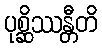
ပုစ္ဆိဿန္တီတိ